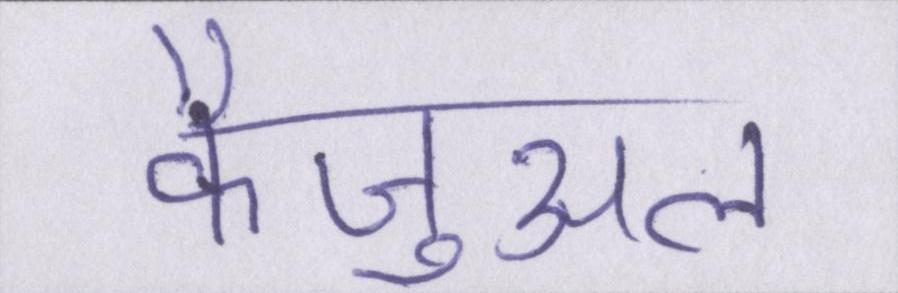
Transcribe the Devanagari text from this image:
कैज़ुअल